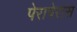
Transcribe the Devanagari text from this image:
पेरापेरास